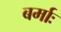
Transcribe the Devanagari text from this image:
बर्माः